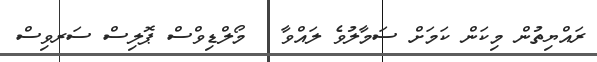
ރައްޔިތުން މިކަން ކަމަށް ސަމާލުވެ ލައްވާ   މޯލްޑިވްސް ޕޮލިސް ސަރވިސް